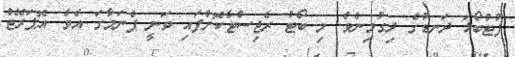
ފުޓުބޯޅަ ދަނޑުގެ ދިގުމިނެވެ. މި ބޯޓު ރެޖިސްޓާކޮށްފައި ވަނީ ޕެނަމާގަ އެވެ. އޮޕަރޭޓް